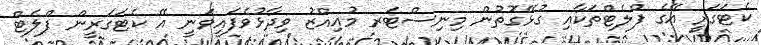
ކެޓަގަރީ އޭގެ ފްލެޓްތަކާއި ގުޅޭގޮތުން މިނިސްޓަރ މުއިއްޒު ވިދާޅުވެފައިވަނީ އޭ ކެޓަގަރީން ފްލެޓް